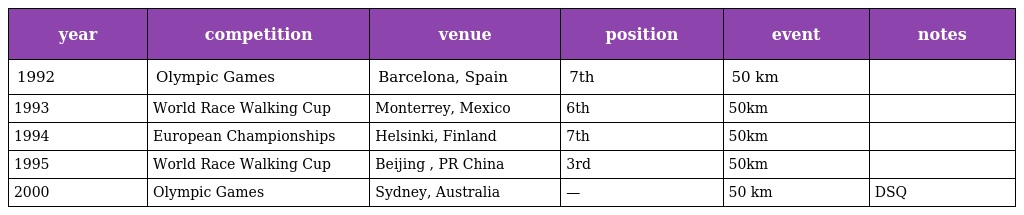
| year | competition | venue | position | event | notes |
 | --- | --- | --- | --- | --- | --- |
 | 1992 | Olympic Games | Barcelona, Spain | 7th | 50 km |  |
 | 1993 | World Race Walking Cup | Monterrey, Mexico | 6th | 50km |  |
 | 1994 | European Championships | Helsinki, Finland | 7th | 50km |  |
 | 1995 | World Race Walking Cup | Beijing , PR China | 3rd | 50km |  |
 | 2000 | Olympic Games | Sydney, Australia | — | 50 km | DSQ |